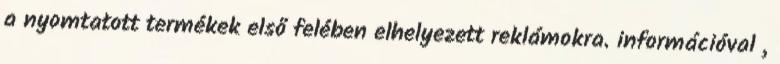
a nyomtatott termékek első felében elhelyezett reklámokra. információval ,